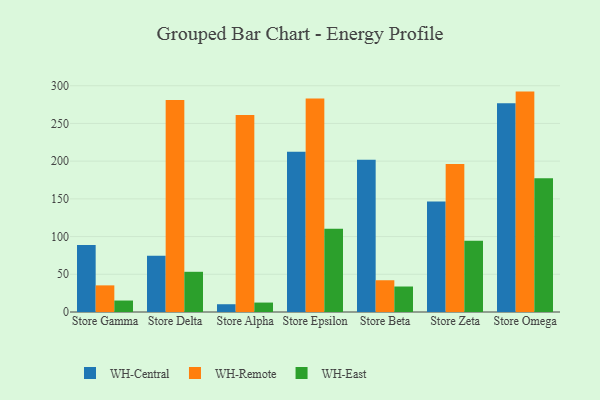
{"axis": {"x": "Store", "y": "Humidity (%)"}, "legend": ["WH-Central", "WH-East", "WH-Remote"], "data": [{"x": "Store Gamma", "y": 88.7, "type": "WH-Central"}, {"x": "Store Gamma", "y": 35.3, "type": "WH-Remote"}, {"x": "Store Gamma", "y": 15.2, "type": "WH-East"}, {"x": "Store Delta", "y": 74.6, "type": "WH-Central"}, {"x": "Store Delta", "y": 280.9, "type": "WH-Remote"}, {"x": "Store Delta", "y": 53.3, "type": "WH-East"}, {"x": "Store Alpha", "y": 10.3, "type": "WH-Central"}, {"x": "Store Alpha", "y": 261.2, "type": "WH-Remote"}, {"x": "Store Alpha", "y": 12.5, "type": "WH-East"}, {"x": "Store Epsilon", "y": 212.5, "type": "WH-Central"}, {"x": "Store Epsilon", "y": 283.1, "type": "WH-Remote"}, {"x": "Store Epsilon", "y": 110.5, "type": "WH-East"}, {"x": "Store Beta", "y": 201.7, "type": "WH-Central"}, {"x": "Store Beta", "y": 42.1, "type": "WH-Remote"}, {"x": "Store Beta", "y": 33.8, "type": "WH-East"}, {"x": "Store Zeta", "y": 146.4, "type": "WH-Central"}, {"x": "Store Zeta", "y": 196.1, "type": "WH-Remote"}, {"x": "Store Zeta", "y": 94.4, "type": "WH-East"}, {"x": "Store Omega", "y": 276.9, "type": "WH-Central"}, {"x": "Store Omega", "y": 292.2, "type": "WH-Remote"}, {"x": "Store Omega", "y": 177.4, "type": "WH-East"}]}